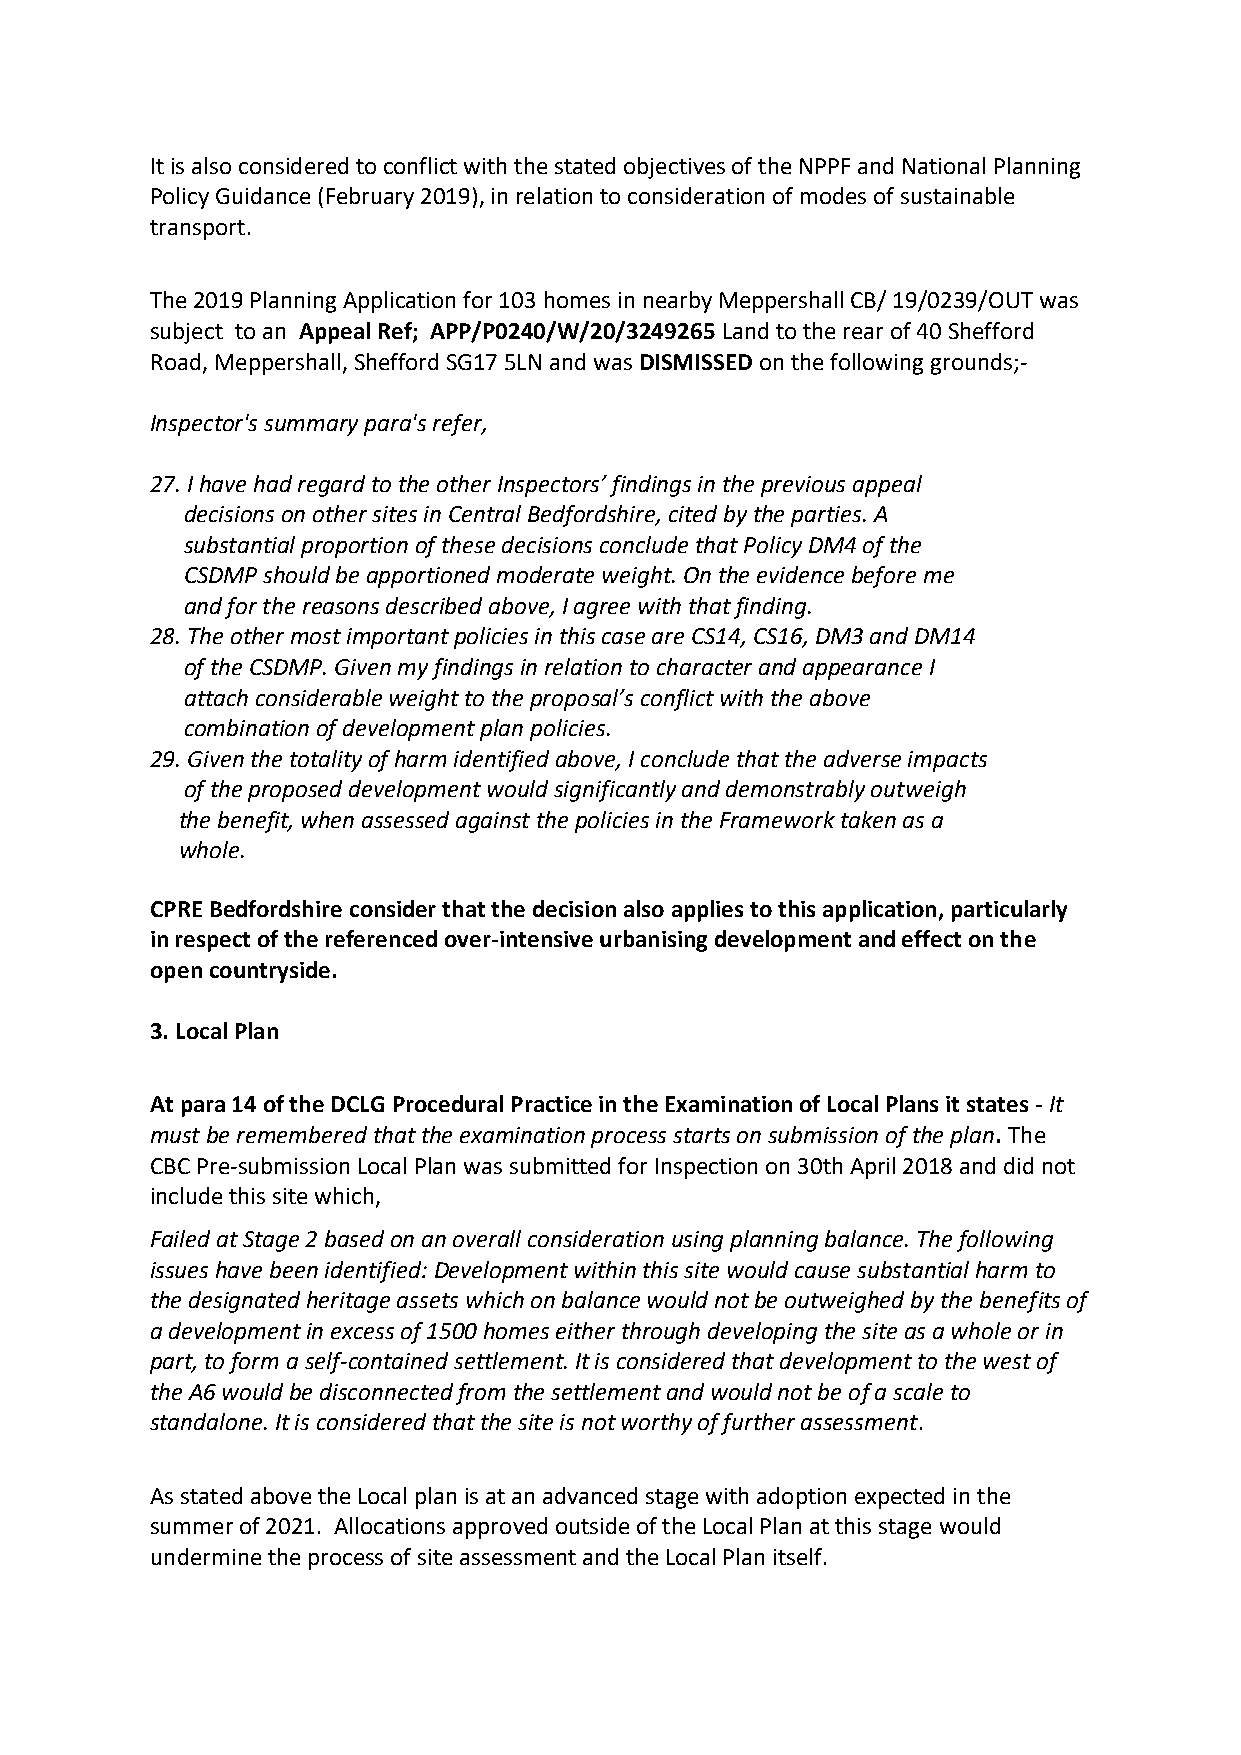
It is also considered to conflict with the stated objectives of the NPPF and National Planning
 Policy Guidance (February 2019), in relation to consideration of modes of sustainable
 transport.
 The 2019 Planning Application for 103 homes in nearby Meppershall CB/ 19/0239/OUT was
 subject to an Appeal Ref; APP/P0240/W/20/3249265 Land to the rear of 40 Shefford
 Road, Meppershall, Shefford SG17 5LN and was DISMISSED on the following grounds;-
 Inspector's summary para's refer,
 27. I have had regard to the other Inspectors’ findings in the previous appeal
 decisions on other sites in Central Bedfordshire, cited by the parties. A
 substantial proportion of these decisions conclude that Policy DM4 of the
 CSDMP should be apportioned moderate weight. On the evidence before me
 and for the reasons described above, I agree with that finding.
 28. The other most important policies in this case are CS14, CS16, DM3 and DM14
 of the CSDMP. Given my findings in relation to character and appearance I
 attach considerable weight to the proposal’s conflict with the above
 combination of development plan policies.
 29. Given the totality of harm identified above, I conclude that the adverse impacts
 of the proposed development would significantly and demonstrably outweigh
 the benefit, when assessed against the policies in the Framework taken as a
 whole.
 CPRE Bedfordshire consider that the decision also applies to this application, particularly
 in respect of the referenced over-intensive urbanising development and effect on the
 open countryside.
 3. Local Plan
 At para 14 of the DCLG Procedural Practice in the Examination of Local Plans it states - It
 must be remembered that the examination process starts on submission of the plan. The
 CBC Pre-submission Local Plan was submitted for Inspection on 30th April 2018 and did not
 include this site which,
 Failed at Stage 2 based on an overall consideration using planning balance. The following
 issues have been identified: Development within this site would cause substantial harm to
 the designated heritage assets which on balance would not be outweighed by the benefits of
 a development in excess of 1500 homes either through developing the site as a whole or in
 part, to form a self-contained settlement. It is considered that development to the west of
 the A6 would be disconnected from the settlement and would not be of a scale to
 standalone. It is considered that the site is not worthy of further assessment.
 As stated above the Local plan is at an advanced stage with adoption expected in the
 summer of 2021. Allocations approved outside of the Local Plan at this stage would
 undermine the process of site assessment and the Local Plan itself.